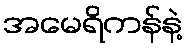
အမေရိကန်နဲ့